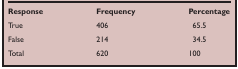
<table><thead><tr><td><b>Response</b></td><td><b>Frequency</b></td><td><b>Percentage</b></td></tr></thead><tbody><tr><td>True</td><td>406</td><td>65.5</td></tr><tr><td>False</td><td>214</td><td>34.5</td></tr><tr><td>Total</td><td>620</td><td>100</td></tr></tbody></table>